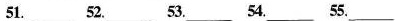
51.___ 52.___53.___54.___55. ___